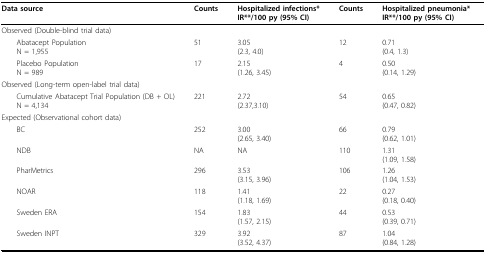
<table><thead><tr><td><b>Data source</b></td><td><b>Counts</b></td><td><b>Hospitalized infections*IR**/100 py (95% CI)</b></td><td><b>Counts</b></td><td><b>Hospitalized pneumonia*IR**/100 py (95% CI)</b></td></tr></thead><tbody><tr><td>Observed (Double-blind trial data)</td><td></td><td></td><td></td><td></td></tr><tr><td> Abatacept PopulationN = 1,955</td><td>51</td><td>3.05(2.3, 4.0)</td><td>12</td><td>0.71(0.4, 1.3)</td></tr><tr><td> Placebo PopulationN = 989</td><td>17</td><td>2.15(1.26, 3.45)</td><td>4</td><td>0.50(0.14, 1.29)</td></tr><tr><td>Observed (Long-term open-label trial data)</td><td></td><td></td><td></td><td></td></tr><tr><td> Cumulative Abatacept Trial Population (DB + OL)N = 4,134</td><td>221</td><td>2.72(2.37,3.10)</td><td>54</td><td>0.65(0.47, 0.82)</td></tr><tr><td>Expected (Observational cohort data)</td><td></td><td></td><td></td><td></td></tr><tr><td> BC</td><td>252</td><td>3.00(2.65, 3.40)</td><td>66</td><td>0.79(0.62, 1.01)</td></tr><tr><td> NDB</td><td>NA</td><td>NA</td><td>110</td><td>1.31(1.09, 1.58)</td></tr><tr><td> PharMetrics</td><td>296</td><td>3.53(3.15, 3.96)</td><td>106</td><td>1.26(1.04, 1.53)</td></tr><tr><td> NOAR</td><td>118</td><td>1.41(1.18, 1.69)</td><td>22</td><td>0.27(0.18, 0.40)</td></tr><tr><td> Sweden ERA</td><td>154</td><td>1.83(1.57, 2.15)</td><td>44</td><td>0.53(0.39, 0.71)</td></tr><tr><td> Sweden INPT</td><td>329</td><td>3.92(3.52, 4.37)</td><td>87</td><td>1.04(0.84, 1.28)</td></tr></tbody></table>